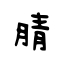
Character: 腈